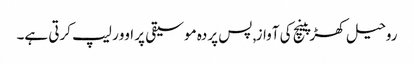
روحیل کھڑپینچ کی آواز, پس پردہ موسیقی پر اوور لیپ کرتی ہے۔